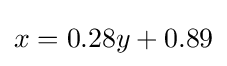
x=0.28y+0.89